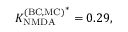
{ K _ { \mathrm { N M D A } } ^ { \mathrm { ( B C , M C ) } } } ^ { * } = 0 . 2 9 ,